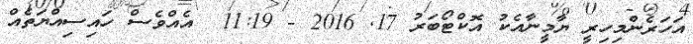
އަހަރެންމިހިރީ ޔާމީނާއެކު އޮކްޓޯބަރު 17